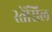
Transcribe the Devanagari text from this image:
स्तेंसिल